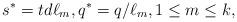
LaTeX: \begin{align*}s^* = td \ell_m, q^* = q/\ell_m, 1\le m \le k,\end{align*}